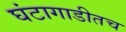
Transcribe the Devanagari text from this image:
घंटागाडीतच